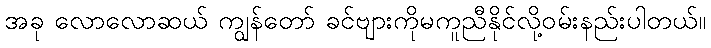
အခု လောလောဆယ် ကျွန်တော် ခင်ဗျားကိုမကူညီနိုင်လို့ဝမ်းနည်းပါတယ်။